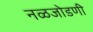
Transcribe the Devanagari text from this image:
नळजोडणी